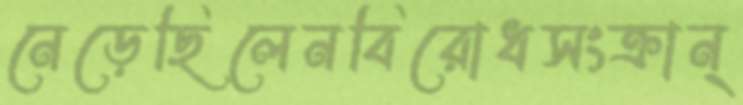
নেড়েছিলেনবিরোধসংক্রান্